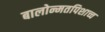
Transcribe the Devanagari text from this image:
बालोन्मतपिशाच्च